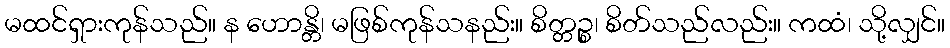
မထင်ရှားကုန်သည်။ န ဟောန္တိ၊ မဖြစ်ကုန်သနည်း။ စိတ္တဉ္စ၊ စိတ်သည်လည်း။ ကထံ၊ သို့လျှင်။